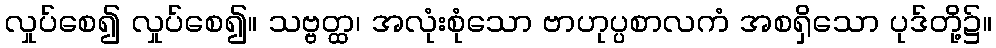
လှုပ်စေ၍ လှုပ်စေ၍။ သဗ္ဗတ္ထ၊ အလုံးစုံသော ဗာဟုပ္ပစာလကံ အစရှိသော ပုဒ်တို့၌။